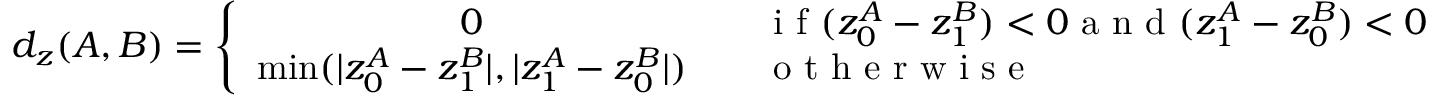
d _ { z } ( A , B ) = \left\{ \begin{array} { c l } { 0 } & { \quad \textrm { i f } ( z _ { 0 } ^ { A } - z _ { 1 } ^ { B } ) < 0 \textrm { a n d } ( z _ { 1 } ^ { A } - z _ { 0 } ^ { B } ) < 0 } \\ { \operatorname* { m i n } ( | z _ { 0 } ^ { A } - z _ { 1 } ^ { B } | , | z _ { 1 } ^ { A } - z _ { 0 } ^ { B } | ) } & { \quad \textrm { o t h e r w i s e } } \end{array} \right.